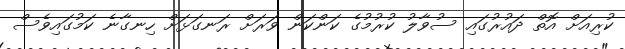
ކުރިއަށް އޮތް ދައުރުގައި ސުވާލު ކުރުމުގެ ކަންކަން ވަރަށް ރަނގަޅަށް ހިނގާނެ ކަމުގައިވެސް